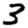
Digit: 3